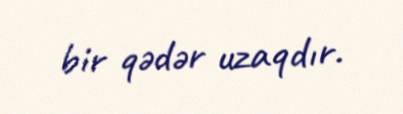
bir qədər uzaqdır.